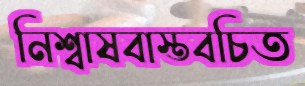
নিশ্বাষবাস্তবচিত